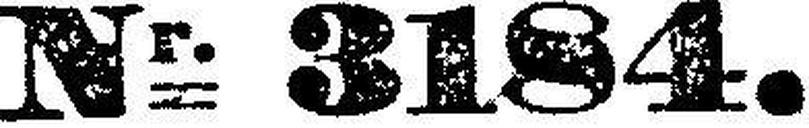
Nr. 3184.